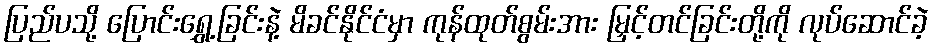
ပြည်ပသို့ ပြောင်းရွှေ့ခြင်းနဲ့ မိခင်နိုင်ငံမှာ ကုန်ထုတ်စွမ်းအား မြှင့်တင်ခြင်းတို့ကို လုပ်ဆောင်ခဲ့